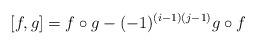
LaTeX: \begin{align*} [f,g]= f\circ g - (-1)^{(i-1)(j-1)} g\circ f\end{align*}